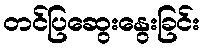
တင်ပြဆွေးနွေးခြင်း